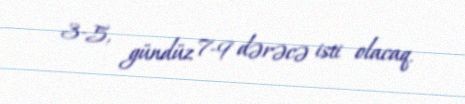
3-5, gündüz 7-9 dərəcə isti olacaq.